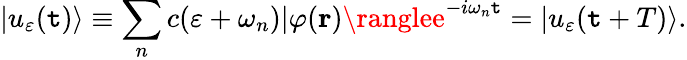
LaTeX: |u_{\varepsilon}(\mathtt{t})\rangle\equiv\sum_{n}c(\varepsilon+\omega_{n})|\varphi({\mathbf{r}})\ranglee^{-i\omega_{n}\mathtt{t}}=|u_{\varepsilon}(\mathtt{t}+T)\rangle.